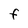
Character: F